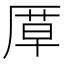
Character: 𭆍